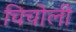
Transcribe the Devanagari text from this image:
चिचोली